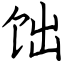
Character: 饳